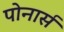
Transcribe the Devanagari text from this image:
पोनार्स